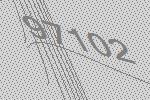
97102